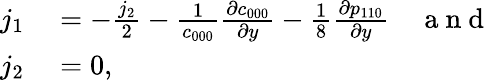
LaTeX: \begin{array}{rl}{j_{1}}&{{}=-\frac{j_{2}}{2}-\frac{1}{c_{000}}\frac{\partial c_{000}}{\partial y}-\frac{1}{8}\frac{\partial p_{110}}{\partial y}\quad\mathrm{~a~n~d~}}\\ {j_{2}}&{{}=0,}\end{array}